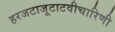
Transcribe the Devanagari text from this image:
हरजटाजूटाटवीचारिणी